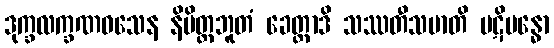
ဒုက္ခလက္ခဏဝသေန နိမိတ္တဘူတံ ခေတ္တာဒိ သဿတီသမာတိ ပဋိဗန္ဓော